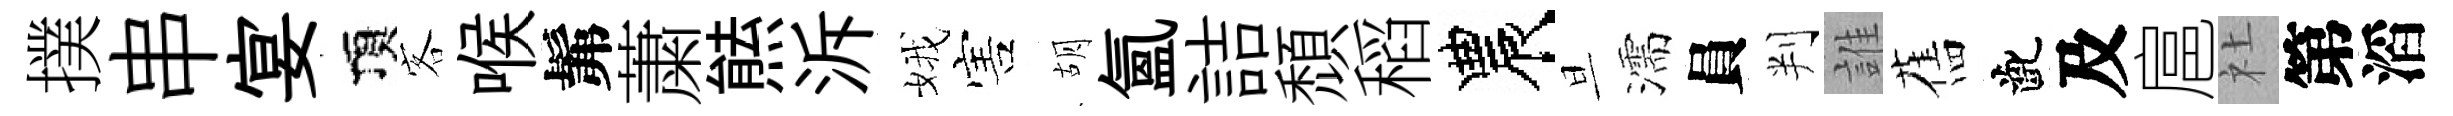
撲串宴頂客喉髴䔥㷱泝娥害胡氲詰頹稻農旦濡員判誰舊齔及扈社第滔